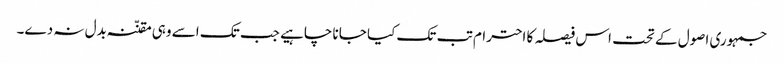
جمہوری اصول کے تحت اس فیصلہ کا احترام تب تک کیا جانا چاہیے جب تک اسے وہی مقنّنہ بدل نہ دے۔